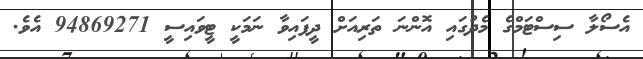
އެސޯލާ ސިސްޓަމްގެ މެދުގައި އޮންނަ ތަރިއަށް ދީފައިވާ ނަމަކީ ޓީވައިސީ 94869271 އެވެ.